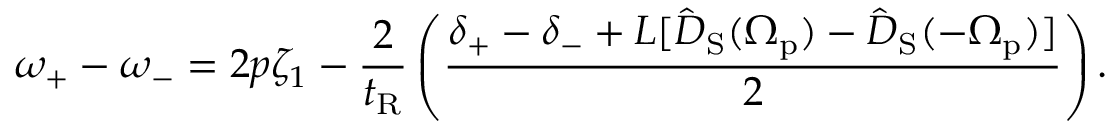
\omega _ { + } - \omega _ { - } = 2 p \zeta _ { 1 } - \frac { 2 } { t _ { \mathrm { R } } } \left( \frac { \delta _ { + } - \delta _ { - } + L [ \hat { D } _ { \mathrm { S } } ( \Omega _ { \mathrm { p } } ) - \hat { D } _ { \mathrm { S } } ( - \Omega _ { \mathrm { p } } ) ] } { 2 } \right) .